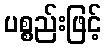
ပစ္စည်းဖြင့်